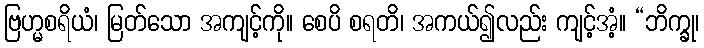
ဗြဟ္မစရိယံ၊ မြတ်သော အကျင့်ကို။ စေပိ စရတိ၊ အကယ်၍လည်း ကျင့်အံ့။ “ဘိက္ခု၊